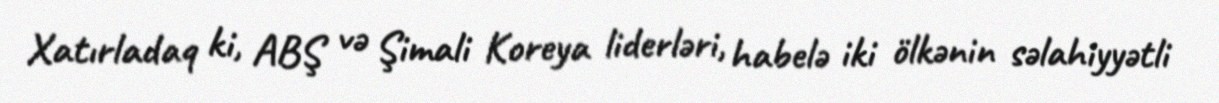
Xatırladaq ki, ABŞ və Şimali Koreya liderləri, habelə iki ölkənin səlahiyyətli